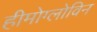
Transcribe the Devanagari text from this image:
हीमोग्लोविन